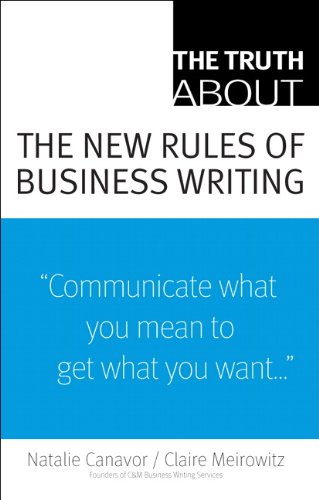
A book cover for The Truth About the New Rules of Business Writing; Natalie Canavor; Business & Money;